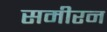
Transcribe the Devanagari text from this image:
समीरन